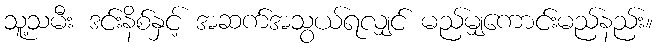
သူ့သမီး ဒင်းနိစ်နှင့် အဆက်အသွယ်ရလျှင် မည်မျှကောင်းမည်နည်း။